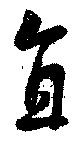
直